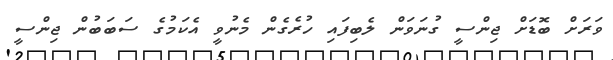
ވަރަށް ބޮޑަށް ޖިންސީ ގުނަވަން ލެބިފައި ހުރެގެން މެނުވީ އެކަމުގެ ސަބަބުން ޖިންސީ